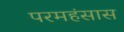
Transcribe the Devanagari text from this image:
परमहंसास